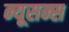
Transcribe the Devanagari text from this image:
न्यूसन्स